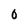
Character: 0